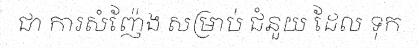
ជា ការសំញ៉ែង សម្រាប់ ជំនួយ ដែល ទុក